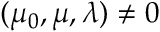
( \mu _ { 0 } , \mu , \lambda ) \neq 0